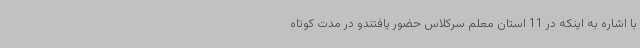
با اشاره به اینکه در 11 استان معلم سرکلاس حضور یافتندو در مدت کوتاه